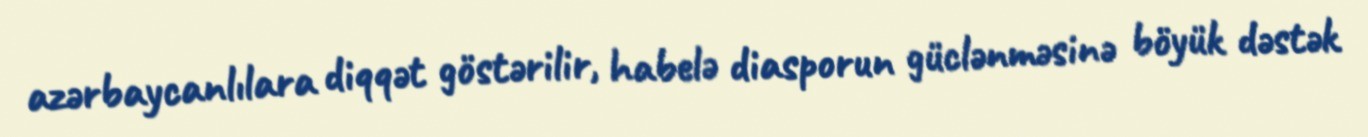
azərbaycanlılara diqqət göstərilir, habelə diasporun güclənməsinə böyük dəstək